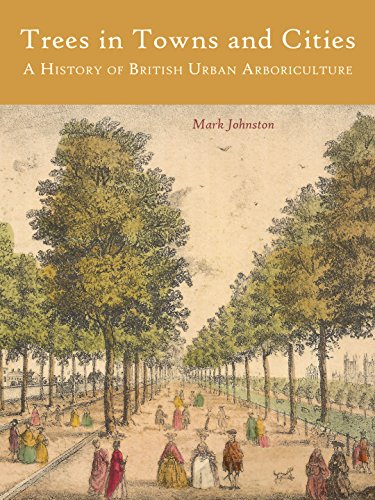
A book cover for Trees in Towns and Cities: A History of British Urban Arboriculture; Mark Johnston; Crafts, Hobbies & Home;